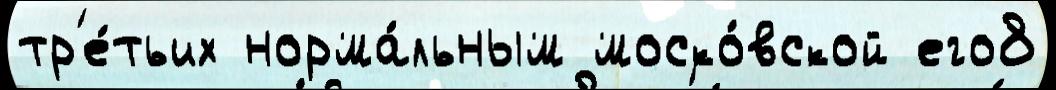
тр'е́тьих норма́льным моско́вской его8